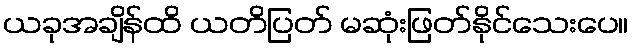
ယခုအချိန်ထိ ယတိပြတ် မဆုံးဖြတ်နိုင်သေးပေ။